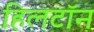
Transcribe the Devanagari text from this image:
हिलटॉन